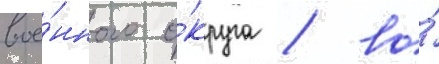
вое́нного о́круга / во́